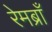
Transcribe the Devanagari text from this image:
रेमब्राँ